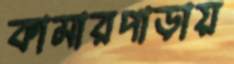
কামারপাড়ায়